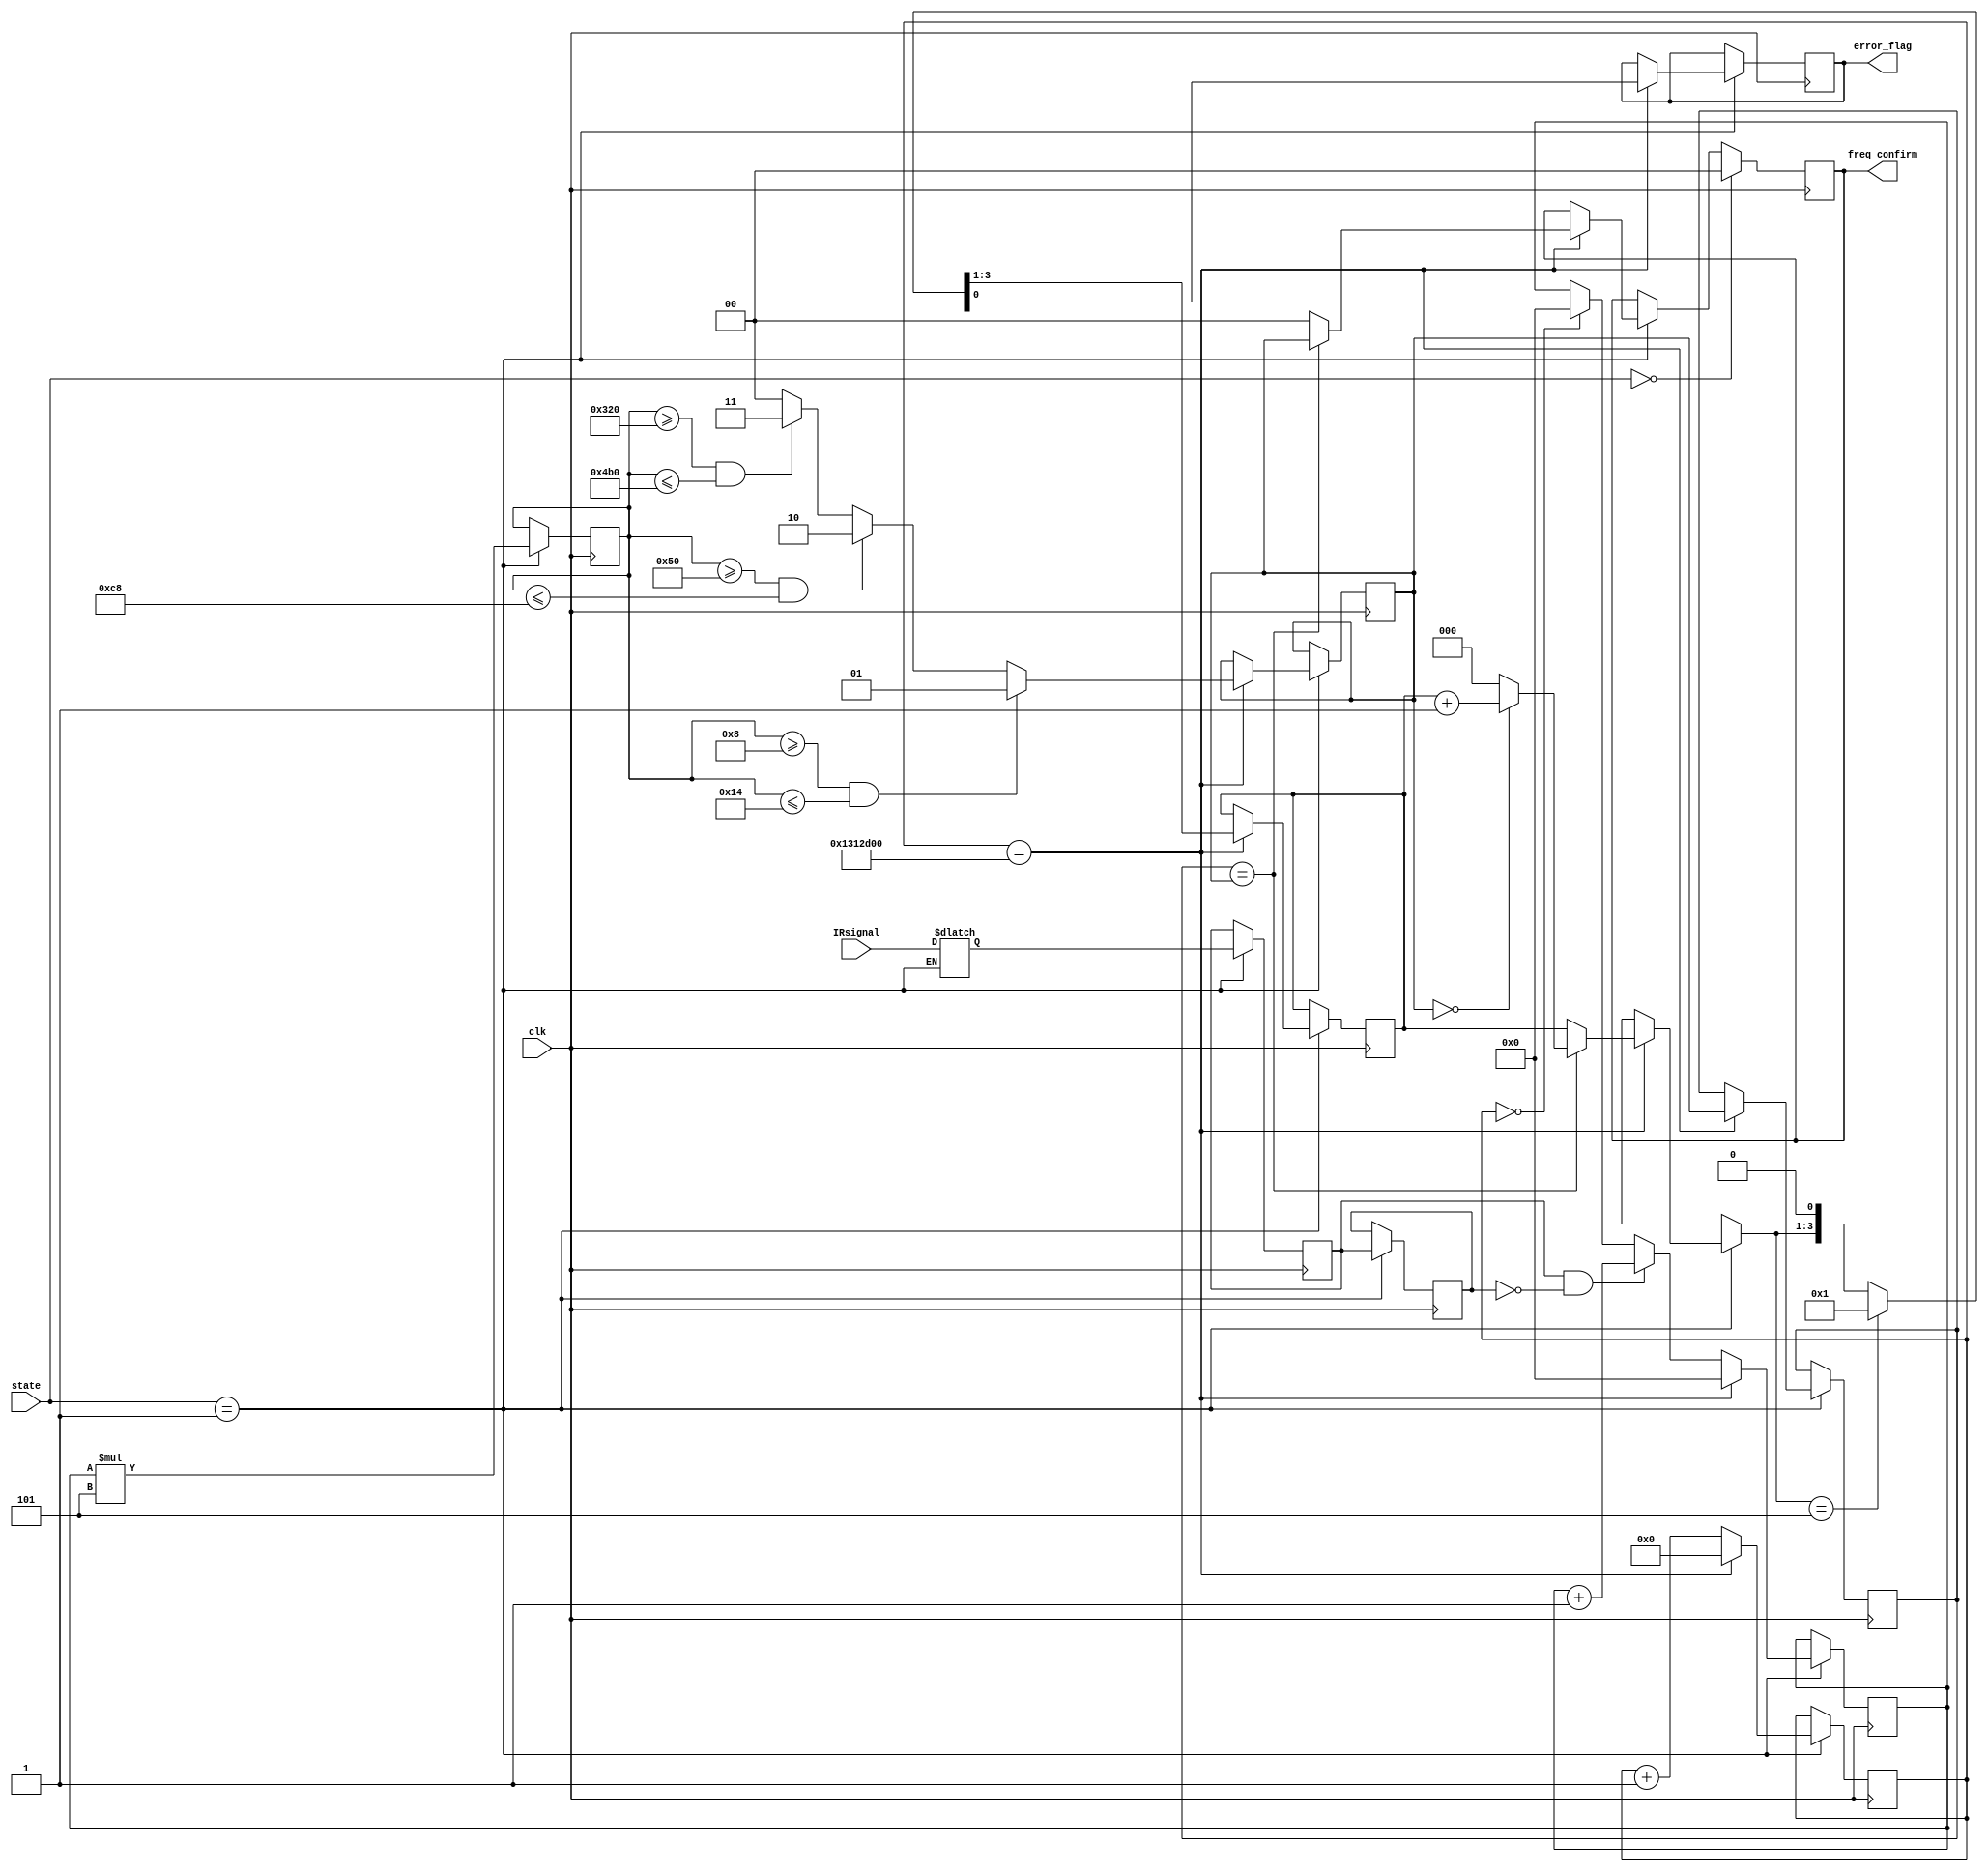
`timescale 1ns / 1ps

// add in the no data display
// Infrared Frequency detection and display

// Version 4: removed HZLED funcionality
//              -changed freq_confirm to 2 bit var (from 1 bit), keeps track of which mailbox as well as confirms
//              -changed else block to conditional upon RM state. Makes sure freq_confirm keeps driving until mail is delivered
//              -ADDED ANOTHER IRsignal input!!
// also, saved over V3... might need to go back to group folder and redownload
// MAJOR CHOICE: keep L and R identification here
//      OR: revert back to only one sided inputs and let state machine decide which side!!!!!!
module IR_frequency(
    input clk, 
    input IRsignal, // MSB = left side, LSB = right side!!!!!!
    input [1:0] state,
    output reg [1:0] freq_confirm, // 0 = off, 1 = 10 Hz, 2 = 100 Hz, 3 = 1Khz
    output reg error_flag   // go back to movement state, stray IR detection confirmation
    );


// Going to confirm the mailbox by polling twice.
// 10-1k Hz going to be chosen from 3 different ranges.


// previous variables: no _L or _R, IRsignal was 1 bit, so was prevIR

reg [26:0] fr_count; // counting up to 100 million
reg [1:0] last;
reg [10:0] data_store;  // register to count data, data/8 = hertz/8
wire [10:0] data_store_net; // -------------------------------------------------------- ?????
reg [7:0] data;   // LSB side of IRsignal input
// changed mailbox/prevmailbox from 3 bit to 2 bit
reg [1:0] mailbox;
reg [1:0] prev_mailbox; // to compare current mailbox with for confirmation
reg IR;
reg prevIR;
reg nextIR;
reg [2:0] stray_detect = 0;
// reg [2:0] freq_flag;

initial 
begin
    {fr_count, last, data_store, data, mailbox, prev_mailbox, IR, prevIR} = 0;
end

always@(posedge clk)
    begin
        if(state == 1)  
            begin
                fr_count <= fr_count + 1;
                prevIR <= IR;
                IR <= nextIR;
                data <= (IR && !prevIR)? data + 1 :
                        (fr_count == 0)? 0 : data;
                data_store <= data*5;
//             end
             
                if(fr_count == 20000000) // 20 million = 1/5th of 100 MHz
                    begin 
                        fr_count <= 0;
                    
                        // NOTE: data_store, mailbox, and prev_mailbox all must have blocking assignments
                        //data_store <= 0;
                        //data <= 0;
                        // mailbox is current selection
                    
                        prev_mailbox <= mailbox;
                    
                        mailbox <=  ((data_store >= 8) && (data_store <= 20)) ? 1 :
                                    ((data_store >= 80) && (data_store <= 200)) ? 2 :
                                    ((data_store >= 800) && (data_store <= 1200)) ? 3 : 0;
                     
                        data <= 0;
                        //data_store <= 0;
                        if(prev_mailbox == mailbox) 
                            begin
                                if(mailbox == 0)
                                    stray_detect = stray_detect + 1;
                                else
                                    stray_detect = 0;
                                freq_confirm <= mailbox;  // frequency has been confirmed
                            end
                        else
                           freq_confirm <= 0;
                        {stray_detect,error_flag} <= (stray_detect == 5)? {3'b000,1'b1} : {stray_detect,1'b0};
                    end
         end // end IR state
       if(state == 0) // different state
        begin 
            freq_confirm <= 0;  // confirm flag needs to be reset for next IR state
        end
        
    end
always@(*) begin
    if(state == 1) begin
        nextIR <= IRsignal;
        // if(IR && !prevIR)
        //     data = data + 1;
        // data_store = data * 5;
    end
end

endmodule